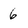
Character: 6